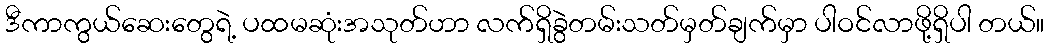
ဒီကာကွယ်ဆေးတွေရဲ့ ပထမဆုံးအသုတ်ဟာ လက်ရှိခွဲတမ်းသတ်မှတ်ချက်မှာ ပါဝင်လာဖို့ရှိပါ တယ်။